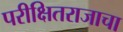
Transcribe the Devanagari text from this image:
परीक्षितराजाचा